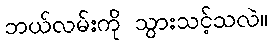
ဘယ်လမ်းကို သွားသင့်သလဲ။